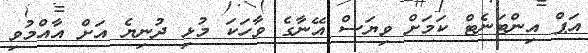
އަޕް އިންޓަނެޓް ކަމަށް ވިޔަސް އޭނާގެ ވާހަކަ މުޅި ދުނިޔެ އަށް އާއްމުވި